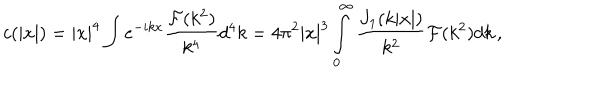
LaTeX: c ( | x | ) = | x | ^ { 4 } \int e ^ { - i k x } \frac { { \cal F } ( k ^ { 2 } ) } { k ^ { 4 } } d ^ { 4 } k = 4 \pi ^ { 2 } | x | ^ { 3 } \int _ { 0 } ^ { \infty } \frac { J _ { 1 } ( k | x | ) } { k ^ { 2 } } { \cal F } ( k ^ { 2 } ) d k \, ,